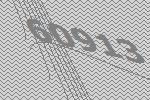
60913